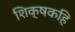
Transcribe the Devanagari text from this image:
शिक्षकहि